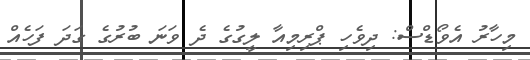
މިހާރު އެވޯޑްސް: ދިވެހި ޕްރިމިއާ ލީގުގެ ދެ ވަނަ ބުރުގެ ގަދަ ފަހެއް